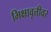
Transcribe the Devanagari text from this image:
भिक्षावृत्तीवर